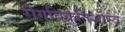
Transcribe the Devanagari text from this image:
रोगविक्रुतिशास्त्र